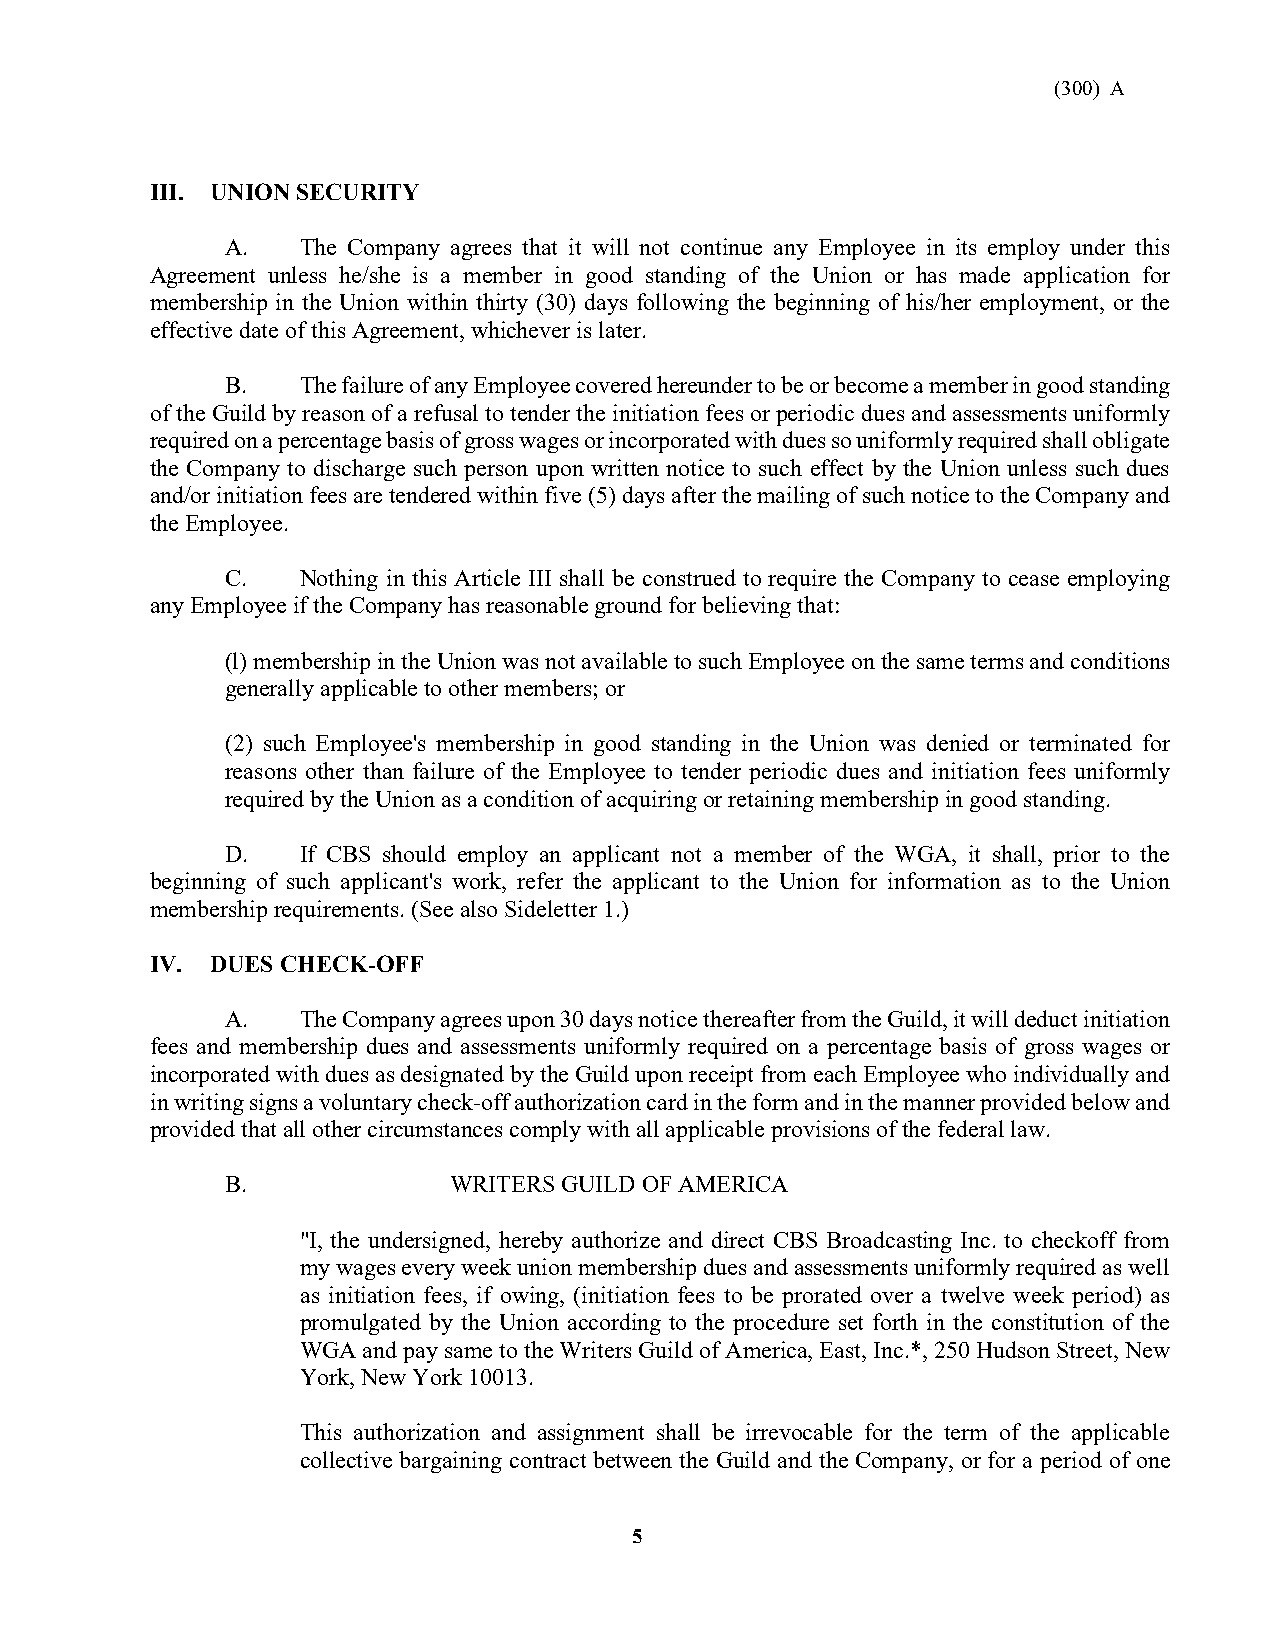
(300) A
 III. UNION SECURITY
 A.   The Company agrees that it will not continue any Employee in its employ under this
 Agreement unless he/she is a member in good standing of the Union or has made application for
 membership in the Union within thirty (30) days following the beginning of his/her employment, or the
 effective date of this Agreement, whichever is later.
 B.   The failure of any Employee covered hereunder to be or become a member in good standing
 of the Guild by reason of a refusal to tender the initiation fees or periodic dues and assessments uniformly
 required on a percentage basis of gross wages or incorporated with dues so uniformly required shall obligate
 the Company to discharge such person upon written notice to such effect by the Union unless such dues
 and/or initiation fees are tendered within five (5) days after the mailing of such notice to the Company and
 the Employee.
 C.   Nothing in this Article III shall be construed to require the Company to cease employing
 any Employee if the Company has reasonable ground for believing that:
 (l) membership in the Union was not available to such Employee on the same terms and conditions
 generally applicable to other members; or
 (2) such Employee's membership in good standing in the Union was denied or terminated for
 reasons other than failure of the Employee to tender periodic dues and initiation fees uniformly
 required by the Union as a condition of acquiring or retaining membership in good standing.
 D.   If CBS should employ an applicant not a member of the WGA, it shall, prior to the
 beginning of such applicant's work, refer the applicant to the Union for information as to the Union
 membership requirements. (See also Sideletter 1.)
 IV. DUES CHECK-OFF
 A.   The Company agrees upon 30 days notice thereafter from the Guild, it will deduct initiation
 fees and membership dues and assessments uniformly required on a percentage basis of gross wages or
 incorporated with dues as designated by the Guild upon receipt from each Employee who individually and
 in writing signs a voluntary check-off authorization card in the form and in the manner provided below and
 provided that all other circumstances comply with all applicable provisions of the federal law.
 B.             WRITERS GUILD OF AMERICA
 "I, the undersigned, hereby authorize and direct CBS Broadcasting Inc. to checkoff from
 my wages every week union membership dues and assessments uniformly required as well
 as initiation fees, if owing, (initiation fees to be prorated over a twelve week period) as
 promulgated by the Union according to the procedure set forth in the constitution of the
 WGA and pay same to the Writers Guild of America, East, Inc.*, 250 Hudson Street, New
 York, New York 10013.
 This authorization and assignment shall be irrevocable for the term of the applicable
 collective bargaining contract between the Guild and the Company, or for a period of one
 5